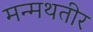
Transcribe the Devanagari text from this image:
मन्मथतीर